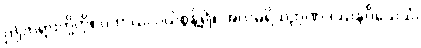
ဤတရားတို့ကို။ ပဟာယ၊ ပယ်စွန့်၍။ အလမရိယဉာဏဒဿနဝိသေသံ၊